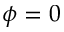
\phi = 0